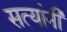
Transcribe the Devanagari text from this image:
सत्यांनी